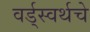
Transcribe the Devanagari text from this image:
वर्ड्‌स्वर्थचे